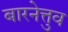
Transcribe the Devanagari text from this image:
बारनेत्तुव